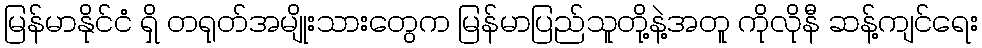
မြန်မာနိုင်ငံ ရှိ တရုတ်အမျိုးသားတွေက မြန်မာပြည်သူတို့နဲ့အတူ ကိုလိုနီ ဆန့်ကျင်ရေး